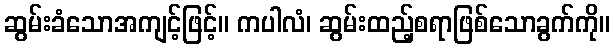
ဆွမ်းခံသောအကျင့်ဖြင့်။ ကပါလံ၊ ဆွမ်းထည့်စရာဖြစ်သောခွက်ကို။